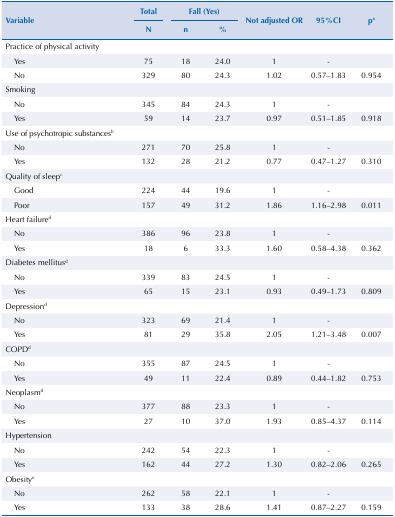
<table><thead><tr><td rowspan="3"><b>Variable</b></td><td><b>Total</b></td><td colspan="2"><b>Fall (Yes)</b></td><td rowspan="3"><b>Not adjusted OR</b></td><td rowspan="3"><b>95%CI</b></td><td rowspan="3"><b>p<sup>a</sup></b></td></tr><tr><td><b>N</b></td><td><b>n</b></td><td><b>%</b></td></tr></thead><tbody><tr><td>Practice of physical activity</td><td> </td><td> </td><td> </td><td> </td><td> </td><td> </td></tr><tr><td>Yes</td><td>75</td><td>18</td><td>24.0</td><td>1</td><td>-</td><td> </td></tr><tr><td>No</td><td>329</td><td>80</td><td>24.3</td><td>1.02</td><td>0.57–1.83</td><td>0.954</td></tr><tr><td>Smoking</td><td> </td><td> </td><td> </td><td> </td><td> </td><td> </td></tr><tr><td>No</td><td>345</td><td>84</td><td>24.3</td><td>1</td><td>-</td><td> </td></tr><tr><td>Yes</td><td>59</td><td>14</td><td>23.7</td><td>0.97</td><td>0.51–1.85</td><td>0.918</td></tr><tr><td>Use of psychotropic substances<sup>b</sup></td><td> </td><td> </td><td> </td><td> </td><td> </td><td> </td></tr><tr><td>No</td><td>271</td><td>70</td><td>25.8</td><td>1</td><td>-</td><td> </td></tr><tr><td>Yes</td><td>132</td><td>28</td><td>21.2</td><td>0.77</td><td>0.47–1.27</td><td>0.310</td></tr><tr><td>Quality of sleep<sup>c</sup></td><td> </td><td> </td><td> </td><td> </td><td> </td><td> </td></tr><tr><td>Good</td><td>224</td><td>44</td><td>19.6</td><td>1</td><td>-</td><td> </td></tr><tr><td>Poor</td><td>157</td><td>49</td><td>31.2</td><td>1.86</td><td>1.16–2.98</td><td>0.011</td></tr><tr><td>Heart failure<sup>d</sup></td><td> </td><td> </td><td> </td><td> </td><td> </td><td> </td></tr><tr><td>No</td><td>386</td><td>96</td><td>23.8</td><td>1</td><td>-</td><td> </td></tr><tr><td>Yes</td><td>18</td><td>6</td><td>33.3</td><td>1.60</td><td>0.58–4.38</td><td>0.362</td></tr><tr><td>Diabetes mellitus<sup>d</sup></td><td> </td><td> </td><td> </td><td> </td><td> </td><td> </td></tr><tr><td>No</td><td>339</td><td>83</td><td>24.5</td><td>1</td><td>-</td><td> </td></tr><tr><td>Yes</td><td>65</td><td>15</td><td>23.1</td><td>0.93</td><td>0.49–1.73</td><td>0.809</td></tr><tr><td>Depression<sup>d</sup></td><td> </td><td> </td><td> </td><td> </td><td> </td><td> </td></tr><tr><td>No</td><td>323</td><td>69</td><td>21.4</td><td>1</td><td>-</td><td> </td></tr><tr><td>Yes</td><td>81</td><td>29</td><td>35.8</td><td>2.05</td><td>1.21–3.48</td><td>0.007</td></tr><tr><td>COPD<sup>d</sup></td><td> </td><td> </td><td> </td><td> </td><td> </td><td> </td></tr><tr><td>No</td><td>355</td><td>87</td><td>24.5</td><td>1</td><td>-</td><td> </td></tr><tr><td>Yes</td><td>49</td><td>11</td><td>22.4</td><td>0.89</td><td>0.44–1.82</td><td>0.753</td></tr><tr><td>Neoplasm<sup>d</sup></td><td> </td><td> </td><td> </td><td> </td><td> </td><td> </td></tr><tr><td>No</td><td>377</td><td>88</td><td>23.3</td><td>1</td><td>-</td><td> </td></tr><tr><td>Yes</td><td>27</td><td>10</td><td>37.0</td><td>1.93</td><td>0.85–4.37</td><td>0.114</td></tr><tr><td>Hypertension</td><td> </td><td> </td><td> </td><td> </td><td> </td><td> </td></tr><tr><td>No</td><td>242</td><td>54</td><td>22.3</td><td>1</td><td>-</td><td> </td></tr><tr><td>Yes</td><td>162</td><td>44</td><td>27.2</td><td>1.30</td><td>0.82–2.06</td><td>0.265</td></tr><tr><td>Obesity<sup>e</sup></td><td> </td><td> </td><td> </td><td> </td><td> </td><td> </td></tr><tr><td>No</td><td>262</td><td>58</td><td>22.1</td><td>1</td><td>-</td><td> </td></tr><tr><td>Yes</td><td>133</td><td>38</td><td>28.6</td><td>1.41</td><td>0.87–2.27</td><td>0.159</td></tr></tbody></table>